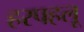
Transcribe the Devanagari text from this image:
हरपहलू